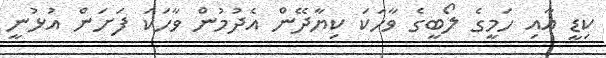
ކިޑީ އާއި ހަމީގެ ލޯބީގެ ވާހަކަ ކިޔާދޭން އެދުމުން ވާހަކަ ފަށަން އުޅުނީ